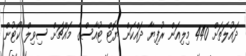
ދައުލަތަށް 440 މިލިއަން ރުފިޔާ ދައްކަން ޔޮޓް ޓުއާސްގެ މައްޗަށް ސިވިލް ކޯޓުން